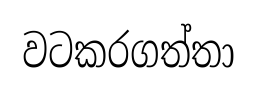
වටකරගත්තා